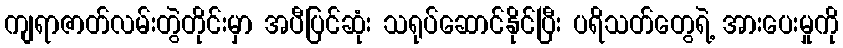
ကျရာဇာတ်လမ်းတွဲတိုင်းမှာ အပီပြင်ဆုံး သရုပ်ဆောင်နိုင်ပြီး ပရိသတ်တွေရဲ့ အားပေးမှုကို